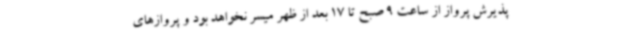
پذیرش پرواز از ساعت 9 صبح تا 17 بعد از ظهر میسر نخواهد بود و پروازهای